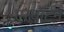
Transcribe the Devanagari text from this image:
एरवॉर्टन